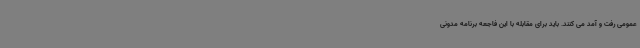
عمومی رفت و آمد می کنند. باید برای مقابله با این فاجعه برنامه مدونی